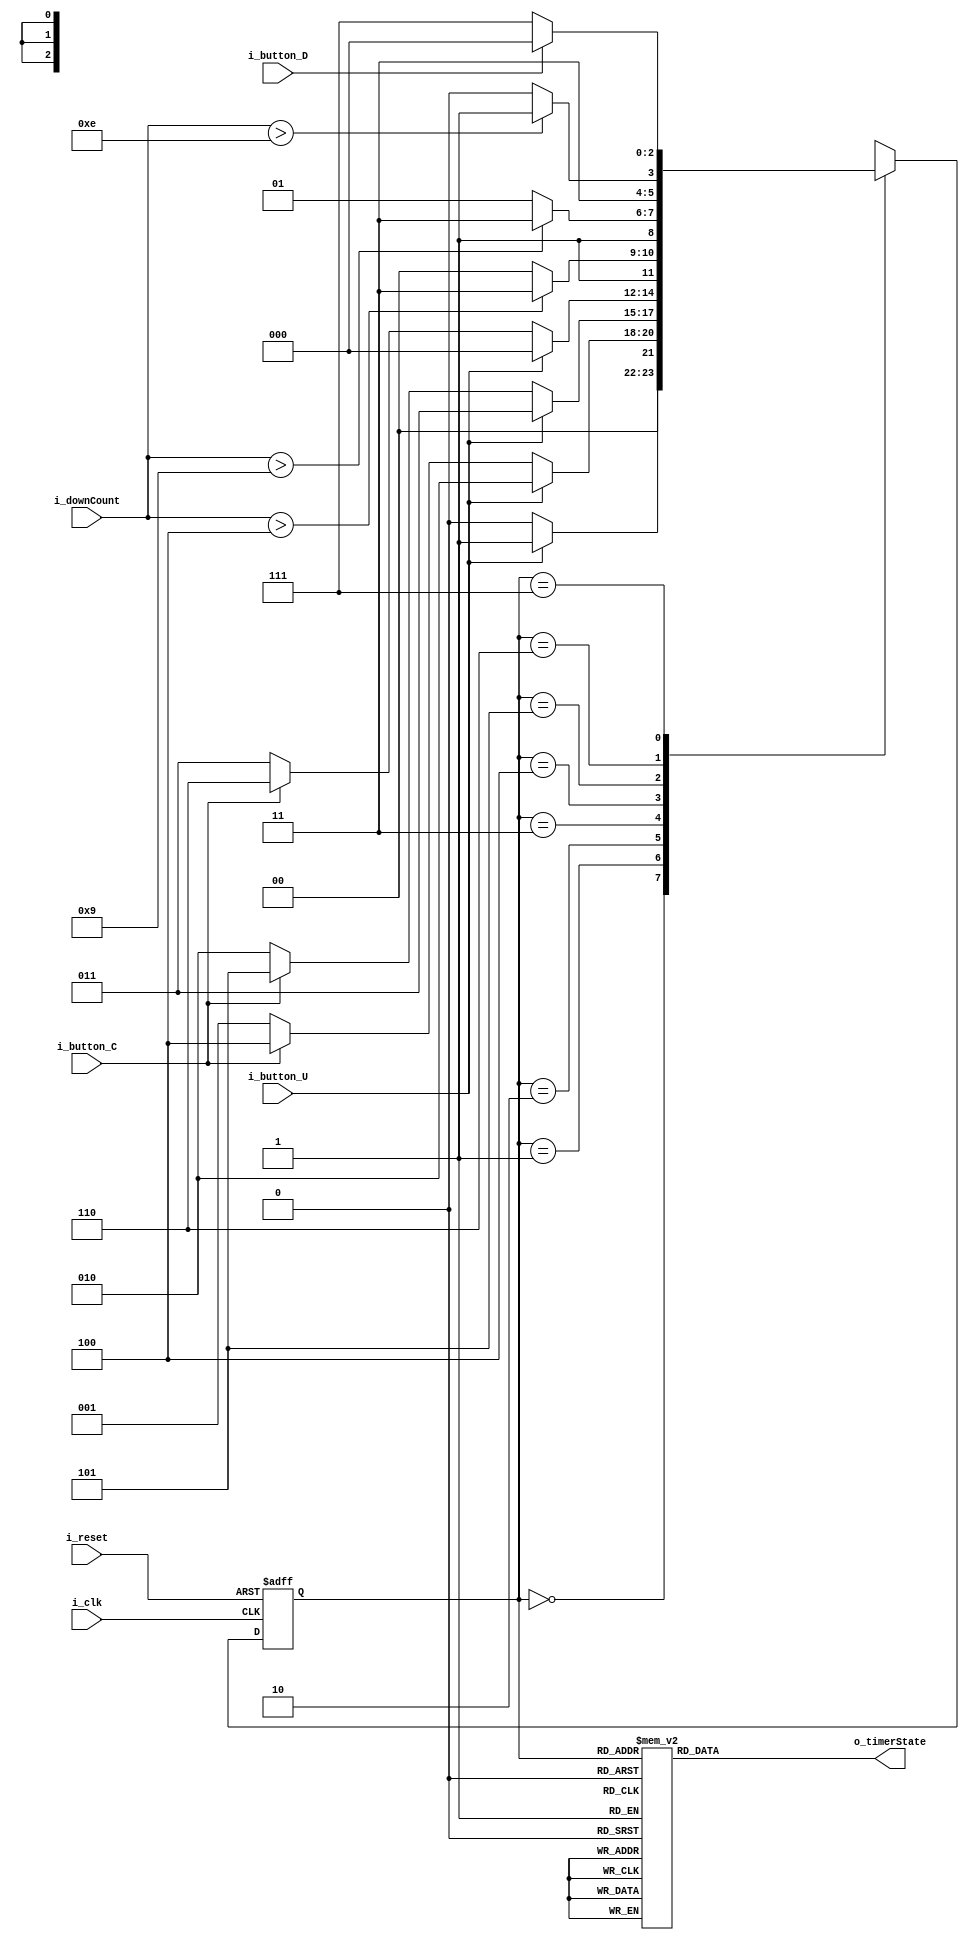
module FSM_TIMER(
    input i_clk,
    input i_reset,
    input i_button_U,
    input i_button_C,
    input i_button_D,
    input [31:0] i_downCount,
    output [2:0] o_timerState
    );

    parameter   S_TIMER_INACTIVE    = 3'd0,   // timer off
                S_TIMER_5           = 3'd1,   // timer 5s
                S_TIMER_10          = 3'd2,   // timer 10s
                S_TIMER_15          = 3'd3,   // timer 15s
                S_TIMER_5_ACTIVE    = 3'd4,   // timer 5s active
                S_TIMER_10_ACTIVE   = 3'd5,   // timer 10s active
                S_TIMER_15_ACTIVE   = 3'd6,   // timer 15s active
                S_TIMER_COMPLETE    = 3'd7;   // timer complete

    reg [2:0] curState = S_TIMER_INACTIVE;
    reg [2:0] nextState;

    reg [2:0] r_timerState;
    assign o_timerState = r_timerState;

    always @(posedge i_clk or posedge i_reset) begin
        if(i_reset) curState <= S_TIMER_INACTIVE;
        else        curState <= nextState;
    end

    always @(i_button_U or i_button_C or i_downCount or curState) begin
        case (curState)
            S_TIMER_INACTIVE : begin
                if(i_button_U)      nextState <= S_TIMER_5;
                else                nextState <= S_TIMER_INACTIVE;
            end
            S_TIMER_5 : begin
                if(i_button_U)          nextState <= S_TIMER_10;
                else if(i_button_C)     nextState <= S_TIMER_5_ACTIVE;
                else                    nextState <= S_TIMER_5;
            end
            S_TIMER_10 : begin
                if(i_button_U)          nextState <= S_TIMER_15;
                else if(i_button_C)     nextState <= S_TIMER_10_ACTIVE;
                else                    nextState <= S_TIMER_10;
            end
            S_TIMER_15 : begin
                if(i_button_U)          nextState <= S_TIMER_INACTIVE;
                else if(i_button_C)     nextState <= S_TIMER_15_ACTIVE;
                else                    nextState <= S_TIMER_15;
            end
            S_TIMER_5_ACTIVE : begin
                if(i_downCount > 4)     nextState <= S_TIMER_COMPLETE;
                else                    nextState <= S_TIMER_5_ACTIVE;
            end
            S_TIMER_10_ACTIVE : begin
                if(i_downCount > 9)    nextState <= S_TIMER_COMPLETE;
                else                    nextState <= S_TIMER_10_ACTIVE;
            end
            S_TIMER_15_ACTIVE : begin
                if(i_downCount > 14)    nextState <= S_TIMER_COMPLETE;
                else                    nextState <= S_TIMER_15_ACTIVE;
            end
            S_TIMER_COMPLETE : begin
                if(i_button_D)          nextState <= S_TIMER_INACTIVE;
                else                    nextState <= S_TIMER_COMPLETE;
            end
        endcase
    end

    always @(curState) begin
        case(curState)
            S_TIMER_INACTIVE  : r_timerState <= S_TIMER_INACTIVE;
            S_TIMER_5         : r_timerState <= S_TIMER_5;
            S_TIMER_10        : r_timerState <= S_TIMER_10;
            S_TIMER_15        : r_timerState <= S_TIMER_15;
            S_TIMER_5_ACTIVE  : r_timerState <= S_TIMER_5_ACTIVE;
            S_TIMER_10_ACTIVE : r_timerState <= S_TIMER_10_ACTIVE;
            S_TIMER_15_ACTIVE : r_timerState <= S_TIMER_15_ACTIVE;
            S_TIMER_COMPLETE  : r_timerState <= S_TIMER_COMPLETE;
        endcase
    end
endmodule